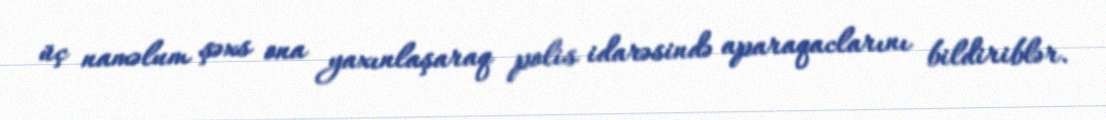
üç naməlum şəxs ona yaxınlaşaraq polis idarəsində aparaqaclarını bildiriblər.